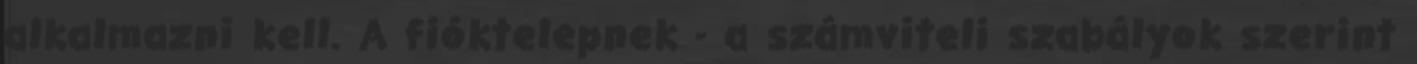
alkalmazni kell. A fióktelepnek - a számviteli szabályok szerint